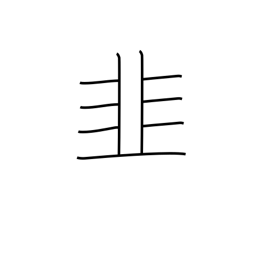
Meaning: leek radical (no. 179)